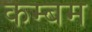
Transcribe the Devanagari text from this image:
कम्बम